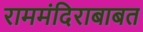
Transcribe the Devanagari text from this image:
राममंदिराबाबत